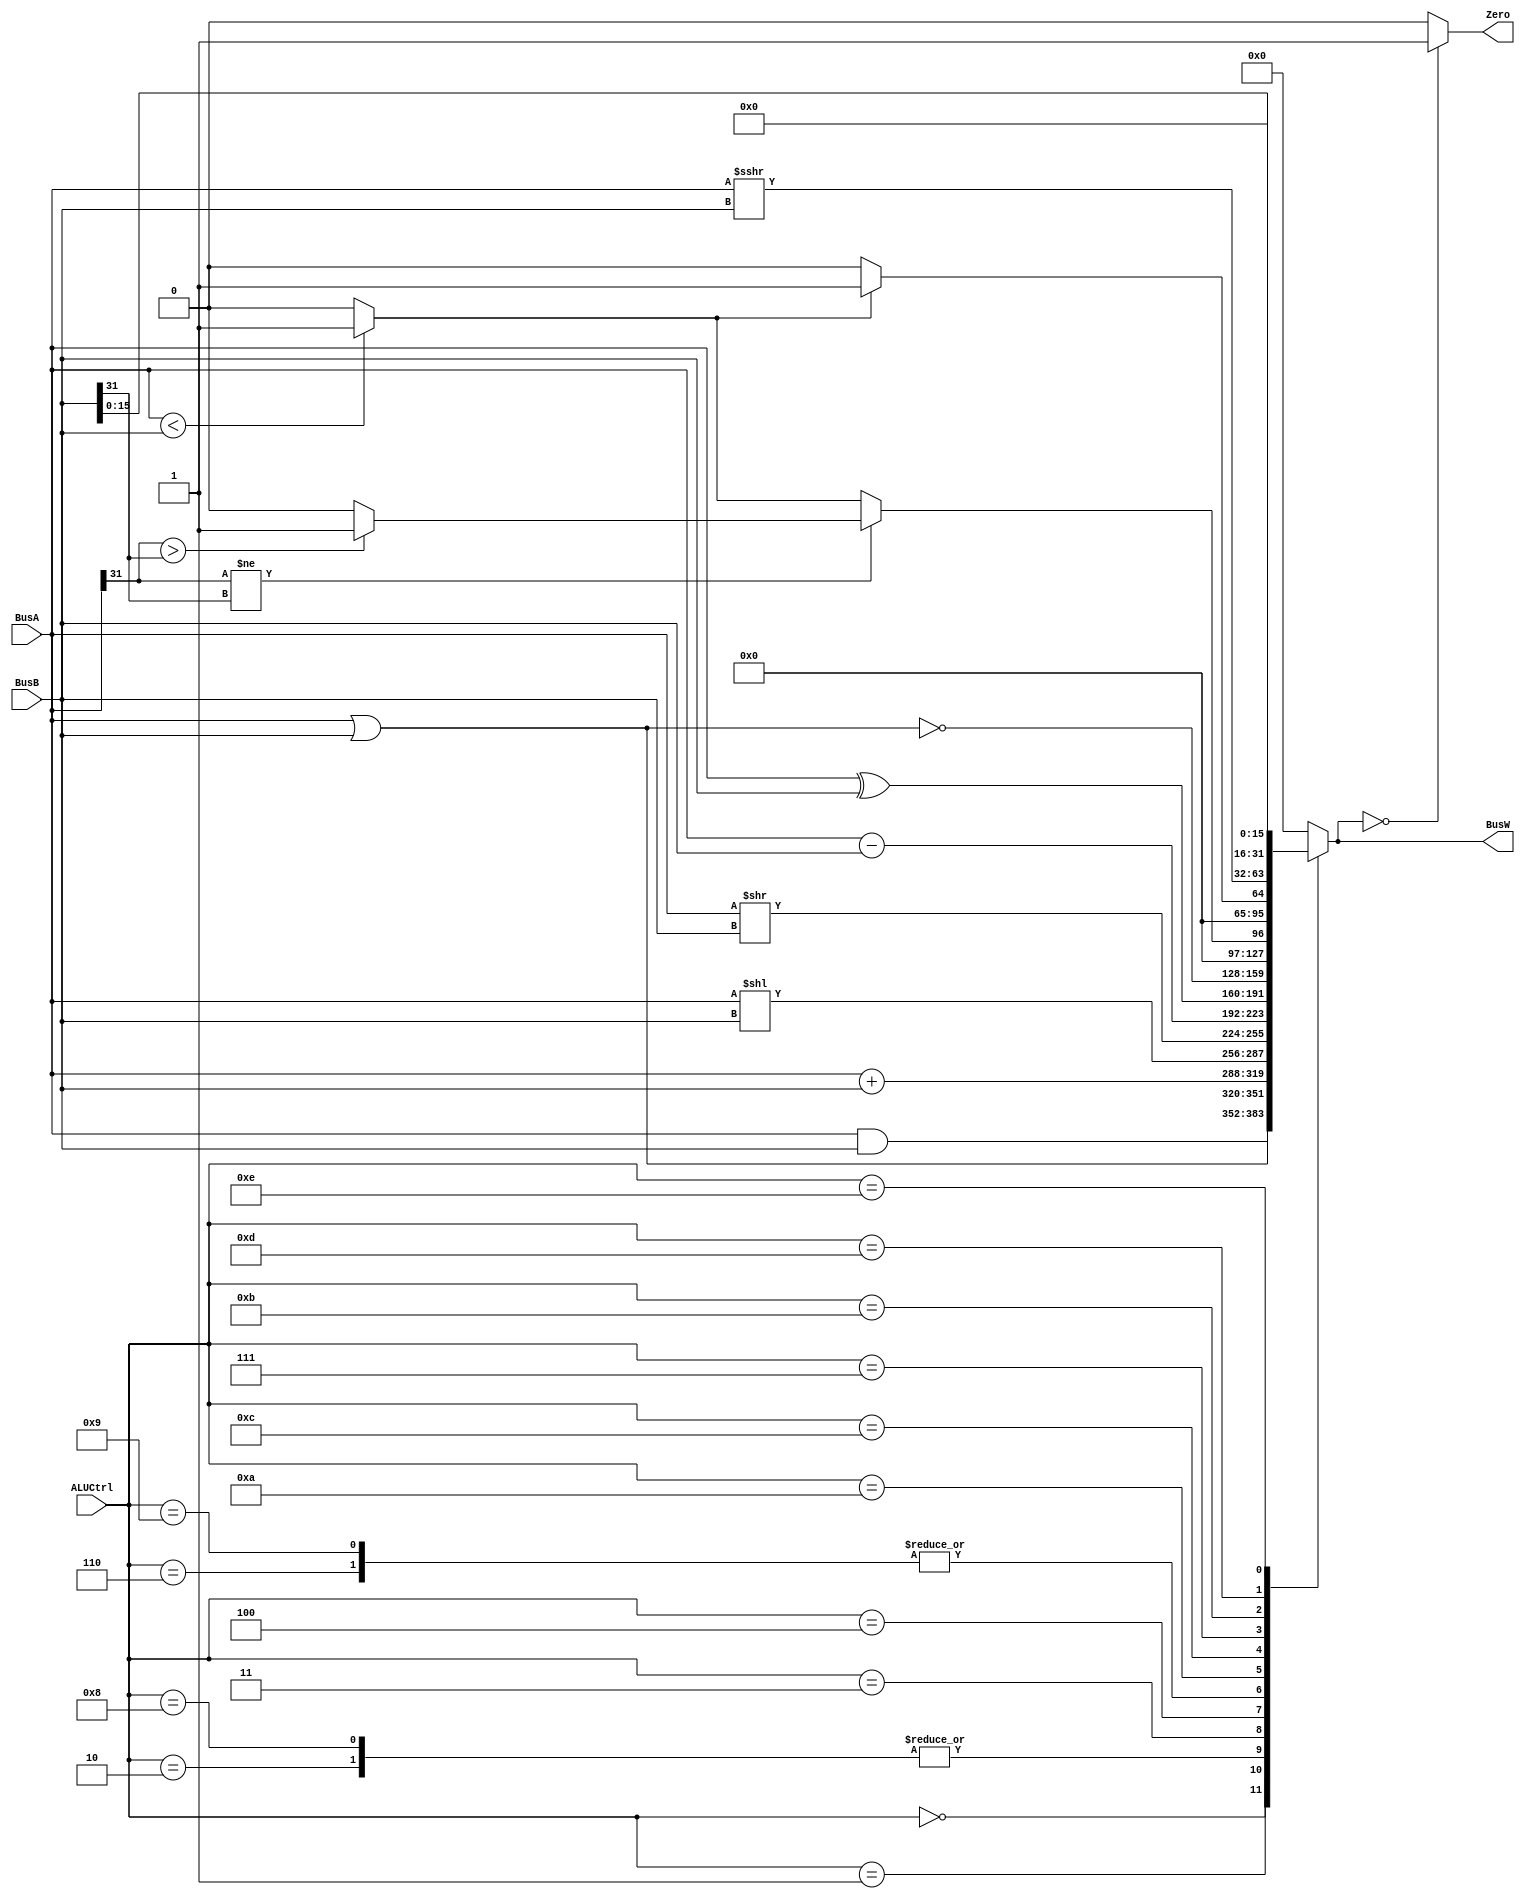
`timescale 1ns / 1ps



`define AND 4'b0000
`define OR 4'b0001
`define ADD 4'b0010
`define SLL 4'b0011
`define SRL 4'b0100
`define SUB 4'b0110
`define SLT 4'b0111
`define ADDU 4'b1000
`define SUBU 4'b1001
`define XOR 4'b1010
`define SLTU 4'b1011
`define NOR 4'b1100
`define SRA 4'b1101
`define LUI 4'b1110

module ALU(BusW, Zero, BusA, BusB, ALUCtrl);

input wire [31:0] BusA, BusB;
output reg [31:0] BusW;
input wire [3:0] ALUCtrl ;
output wire Zero ;

wire less;
wire [63:0] Bus64;
assign less = ({1'b0,BusA} < {1'b0,BusB}  ? 1'b1 : 1'b0); //checks which value is greater.

assign Zero = ((BusW==0)  ? 1'b1 : 1'b0); //checks which value is greater. 
//assign Bus64 = 


always@(*)begin	
	
	case (ALUCtrl)
	`AND: BusW <= (BusA & BusB); //logic as per operation 
	 
	`OR:  BusW <= (BusA | BusB);
	      	       
	`ADD: BusW <= BusA + BusB;
	      
	`ADDU:BusW <= BusA + BusB;
                 
	`SLL: BusW <= BusA<<BusB;
	        
	`SRL: BusW <= BusA>>BusB;
	        
	`SUB: BusW <= BusA-BusB;
	`SUBU:BusW <= BusA-BusB;   
	
	`XOR:BusW <= BusA^BusB;
	`NOR:BusW <= ~(BusA|BusB);
            
	`SLT:   begin
                if (BusA[31] != BusB[31]) begin
                          if (BusA[31] > BusB[31]) begin
                                        BusW <= 32'd1;
                                    end 
                          else begin
                                        BusW <= 0;
                                    end
                     end 
               else begin
                       if (BusA < BusB)
                            begin
                                BusW <= 32'd1;
                            end
                        else
                            begin
                                BusW <= 0;
                            end
                end
                /*BusW = ((BusA && 32'h7fffffff) < (BusB && 32'h7fffffff)) ? 32'd1 :32'd0;*/
            end
            
	`SLTU:  begin
               if (less==1)
               BusW <= 32'd1;
               else
               BusW <= 32'd0;
              
            end
             
	`SRA: BusW <=   $signed(BusA)>>>(BusB);//in built operator 
          
            
	`LUI: BusW <= {BusB[15:0],16'd0};
	 
	default:BusW <= 32'd0;
	endcase
end





endmodule